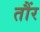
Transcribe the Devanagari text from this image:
तौंर